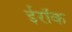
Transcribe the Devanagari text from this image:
ईरॉक